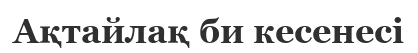
Ақтайлақ би кесенесі